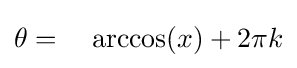
\theta =\;\;\;\,\arccos(x)+2\pi k